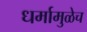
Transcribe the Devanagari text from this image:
धर्मामुळेच